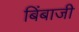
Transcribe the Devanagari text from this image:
बिंबाजी